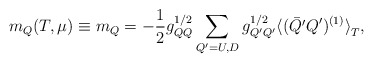
\begin{align*}m_Q(T, \mu)\equiv m_Q=-\frac{1}{2}g^{1/2}_{QQ}\sum_{Q'=U,D}g^{1/2}_{Q'Q'} {\langle(\bar{Q'}Q')^{(1)}\rangle}_T ,\end{align*}